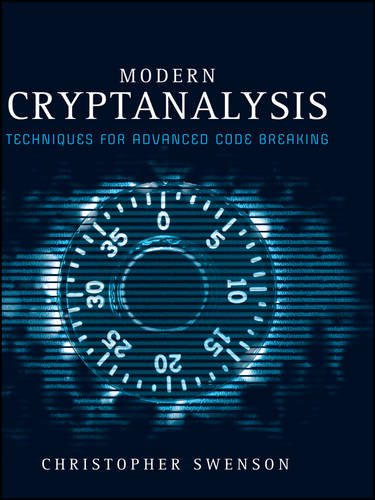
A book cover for Modern Cryptanalysis: Techniques for Advanced Code Breaking; Christopher Swenson; Computers & Technology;